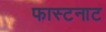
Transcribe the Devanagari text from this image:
फास्टनाट